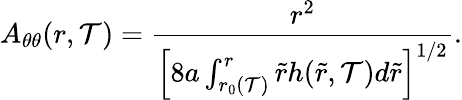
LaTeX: A_{\theta\theta}(r,\mathcal{T})=\frac{{r^{2}}}{{\left[8a\int_{r_{0}(\mathcal{T})}^{r}\tilde{{r}}h(\tilde{{r}},\mathcal{T})d\tilde{{r}}\right]^{1/2}}}.